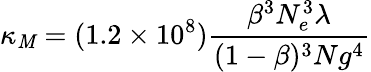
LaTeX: \kappa_{\mathit{M}}=(1.2\times10^{8})\frac{{\beta^{3}N_{e}^{3}\lambda}}{{(1-\beta)^{3}Ng^{4}}}